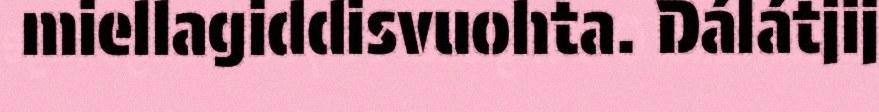
miellagiddisvuohta. Dálátjij